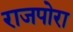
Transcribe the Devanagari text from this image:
राजपोरा